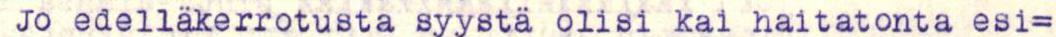
 Jo edelläkerrotusta syystä olisi kai haitatonta esi=